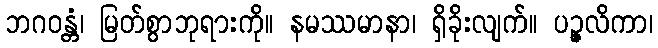
ဘဂဝန္တံ၊ မြတ်စွာဘုရားကို။ နမဿမာနာ၊ ရှိခိုးလျက်။ ပဉ္ဇလိကာ၊